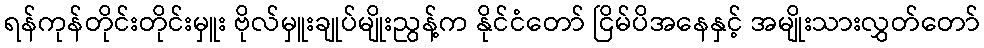
ရန်ကုန်တိုင်းတိုင်းမှူး ဗိုလ်မှူးချုပ်မျိုးညွန့်က နိုင်ငံတော် ငြိမ်ပိအနေနှင့် အမျိုးသားလွှတ်တော်